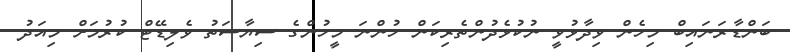
ބަންޑާރަނައިބް މިހެން ވިދާޅުވީ ނުކުޅެދުންތެރިކަން ހުންނަ މީހުންގެ ސިޔާސަތު ވެލިޑޭޓް ކުރުމަށް މިއަދު